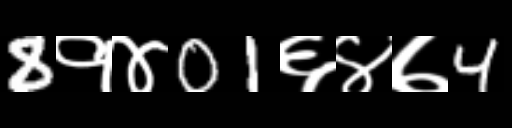
Text: 8१४01६४७4